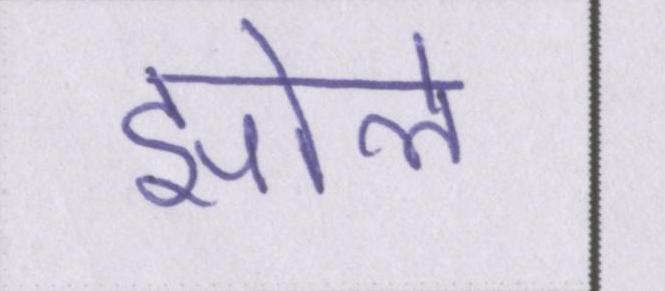
झोले